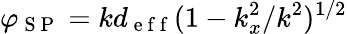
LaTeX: \varphi_{\mathrm{~S~P~}}=kd_{\mathrm{~e~f~f~}}(1-k_{x}^{2}/k^{2})^{1/2}